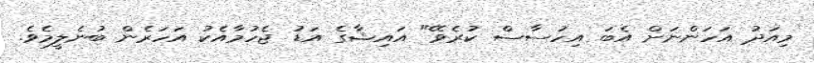
މިއަދު އަހަންނަށް އެބަ އިހުސާސް ކުރެވޭ" އައިޝާގެ އަޑު ޖެހުމާއެކު އަހަރެން ބުނެލީމެވެ.